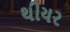
થીયર